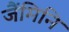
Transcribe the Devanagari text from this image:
जैंमिनि